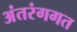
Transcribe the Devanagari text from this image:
अंतरंगगत